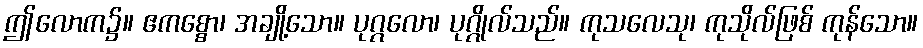
ဤလောက၌။ ဧကစ္စော၊ အချို့သော။ ပုဂ္ဂလော၊ ပုဂ္ဂိုလ်သည်။ ကုသလေသု၊ ကုသိုလ်ဖြစ် ကုန်သော။